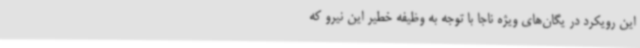
این رویکرد در یگان‌های ویژه ناجا با توجه به وظیفه خطیر این نیرو که